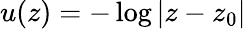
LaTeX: u(z)=-\log|z-z_{0}|